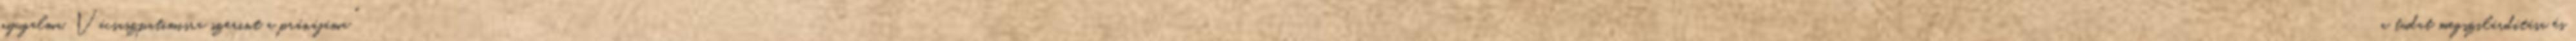
nyugalma. Vácsaszpatimisra szerint a pránájáma "a tudat megszilárdítása és